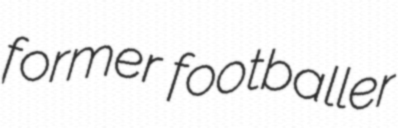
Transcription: former footballer